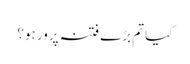
کیا تم بڑے فتنہ پرور ہو؟